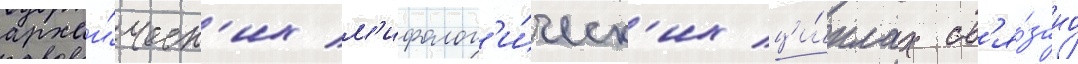
архаи́ческ'их м'ифолог'и́ческ'их ци́клах св'я́зано